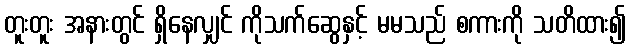
တူးတူး အနားတွင် ရှိနေလျှင် ကိုသက်ဆွေနှင့် မမသည် စကားကို သတိထား၍